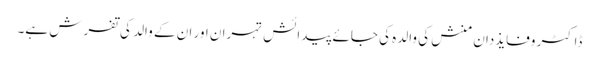
ڈاکٹر وفایذدان منش کی والدہ کی جائے پیدائش تہران اور ان کے والد کی تفرش ہے۔